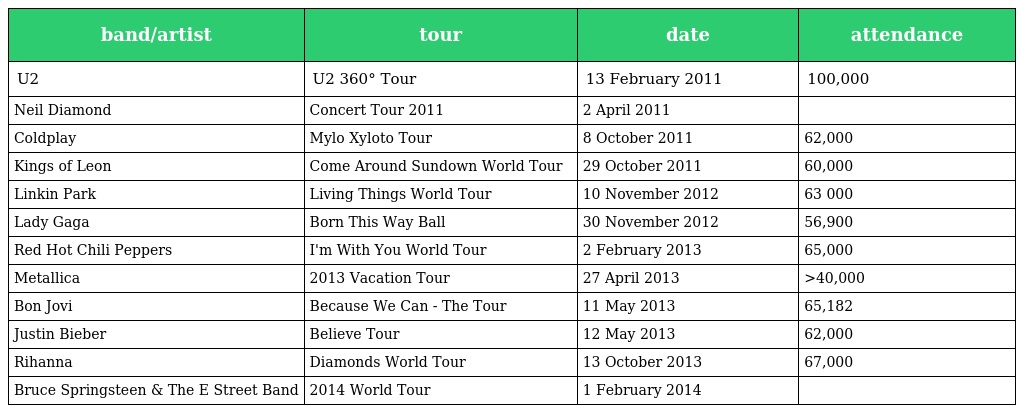
| band/artist | tour | date | attendance |
 | --- | --- | --- | --- |
 | U2 | U2 360° Tour | 13 February 2011 | 100,000 |
 | Neil Diamond | Concert Tour 2011 | 2 April 2011 |  |
 | Coldplay | Mylo Xyloto Tour | 8 October 2011 | 62,000 |
 | Kings of Leon | Come Around Sundown World Tour | 29 October 2011 | 60,000 |
 | Linkin Park | Living Things World Tour | 10 November 2012 | 63 000 |
 | Lady Gaga | Born This Way Ball | 30 November 2012 | 56,900 |
 | Red Hot Chili Peppers | I'm With You World Tour | 2 February 2013 | 65,000 |
 | Metallica | 2013 Vacation Tour | 27 April 2013 | >40,000 |
 | Bon Jovi | Because We Can - The Tour | 11 May 2013 | 65,182 |
 | Justin Bieber | Believe Tour | 12 May 2013 | 62,000 |
 | Rihanna | Diamonds World Tour | 13 October 2013 | 67,000 |
 | Bruce Springsteen & The E Street Band | 2014 World Tour | 1 February 2014 |  |